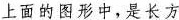
上面的图形中，是长方